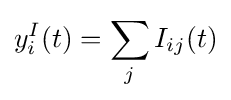
y_{i}^{I}(t)=\sum _{j}I_{ij}(t)